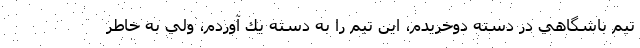
تيم باشگاهي در دسته دوخريدم، اين تيم را به دسته يك آوردم، ولي به خاطر